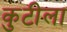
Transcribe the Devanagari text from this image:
कुटीला